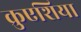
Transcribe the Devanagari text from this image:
क्रुएशिया